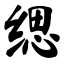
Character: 缌